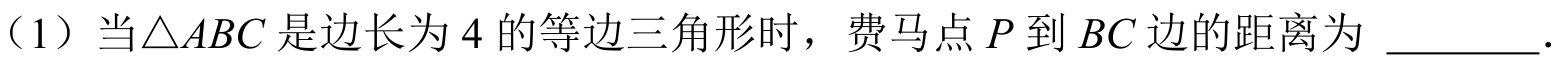
（1）当\(\triangle ABC\)是边长为\(4\)的等边三角形时，费马点\(P\)到\(BC\)边的距离为 \_\_\_\_\_\_ .